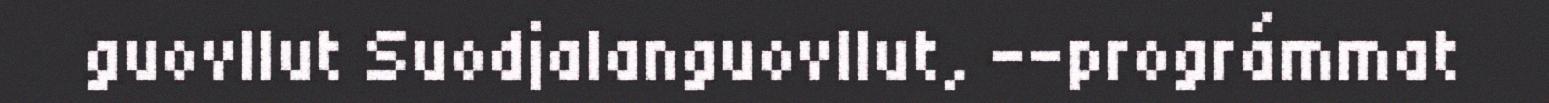
guovllut Suodjalanguovllut, --prográmmat